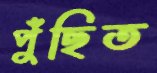
পুঁছিত